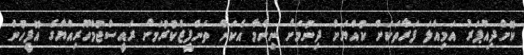
ކޮށްދިއްޕަރު އަމިއްލަ ފަރާތަކަށް ކުއްޔަށް ދިނުމަށް ނިންމާ އެކަން ތަންފީޒްކުރުމަށް ރައީސްޖުމްހޫރިއްޔާގެ އޮފީހުން